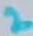
Text: 2